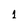
Character: 1